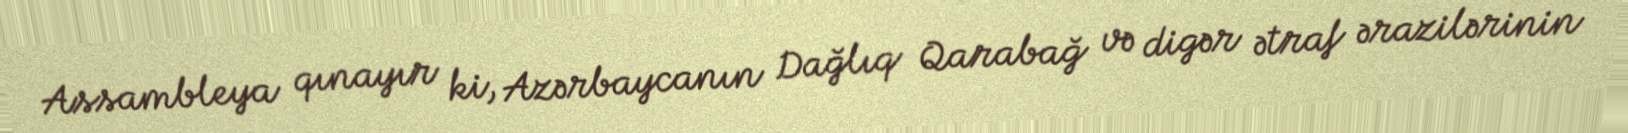
Assambleya qınayır ki, Azərbaycanın Dağlıq Qarabağ və digər ətraf ərazilərinin